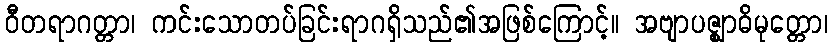
ဝီတရာဂတ္တာ၊ ကင်းသောတပ်ခြင်းရာဂရှိသည်၏အဖြစ်ကြောင့်။ အဗျာပဇ္ဈာဓိမုတ္တော၊